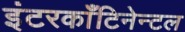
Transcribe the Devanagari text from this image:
इंटरकाँटिनेन्टल